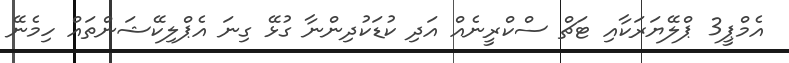
އެމްޕީ3 ޕްލޭޔަރަކާއި ޓަޗް ސްކްރީނެއް އަދި ކުޑަކުދިންނާ ގުޅޭ ގިނަ އެޕްލިކޭޝަންތައް ހިމެނޭ